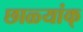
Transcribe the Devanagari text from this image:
छाळ्यांक्